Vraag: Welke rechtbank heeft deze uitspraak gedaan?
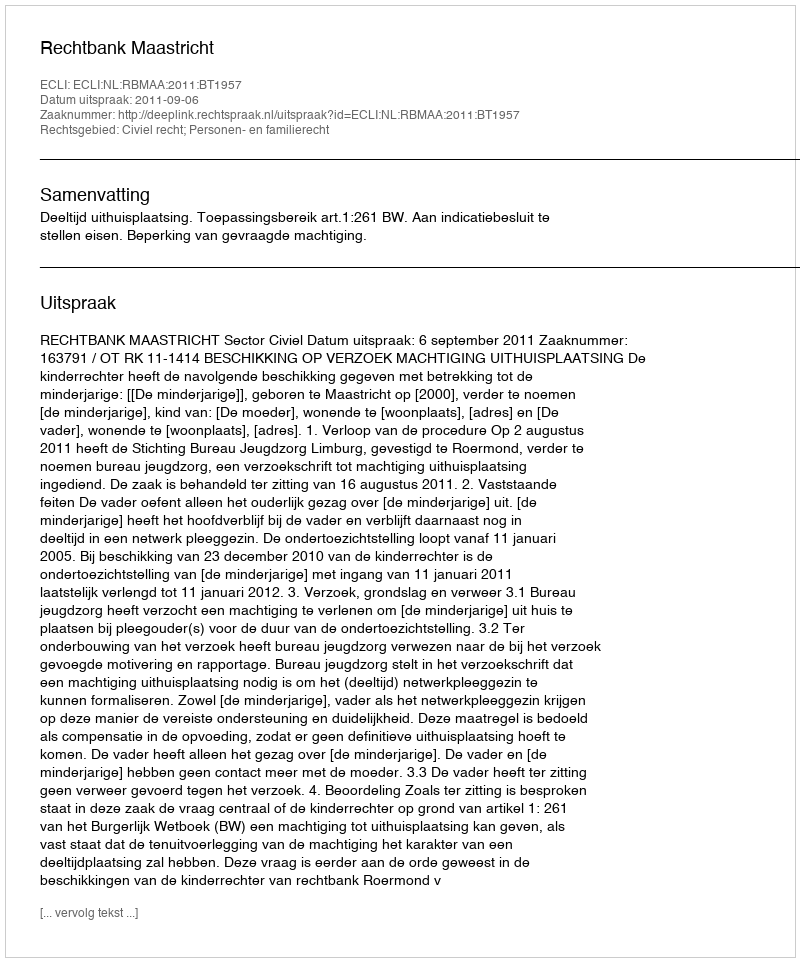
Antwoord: Rechtbank Maastricht